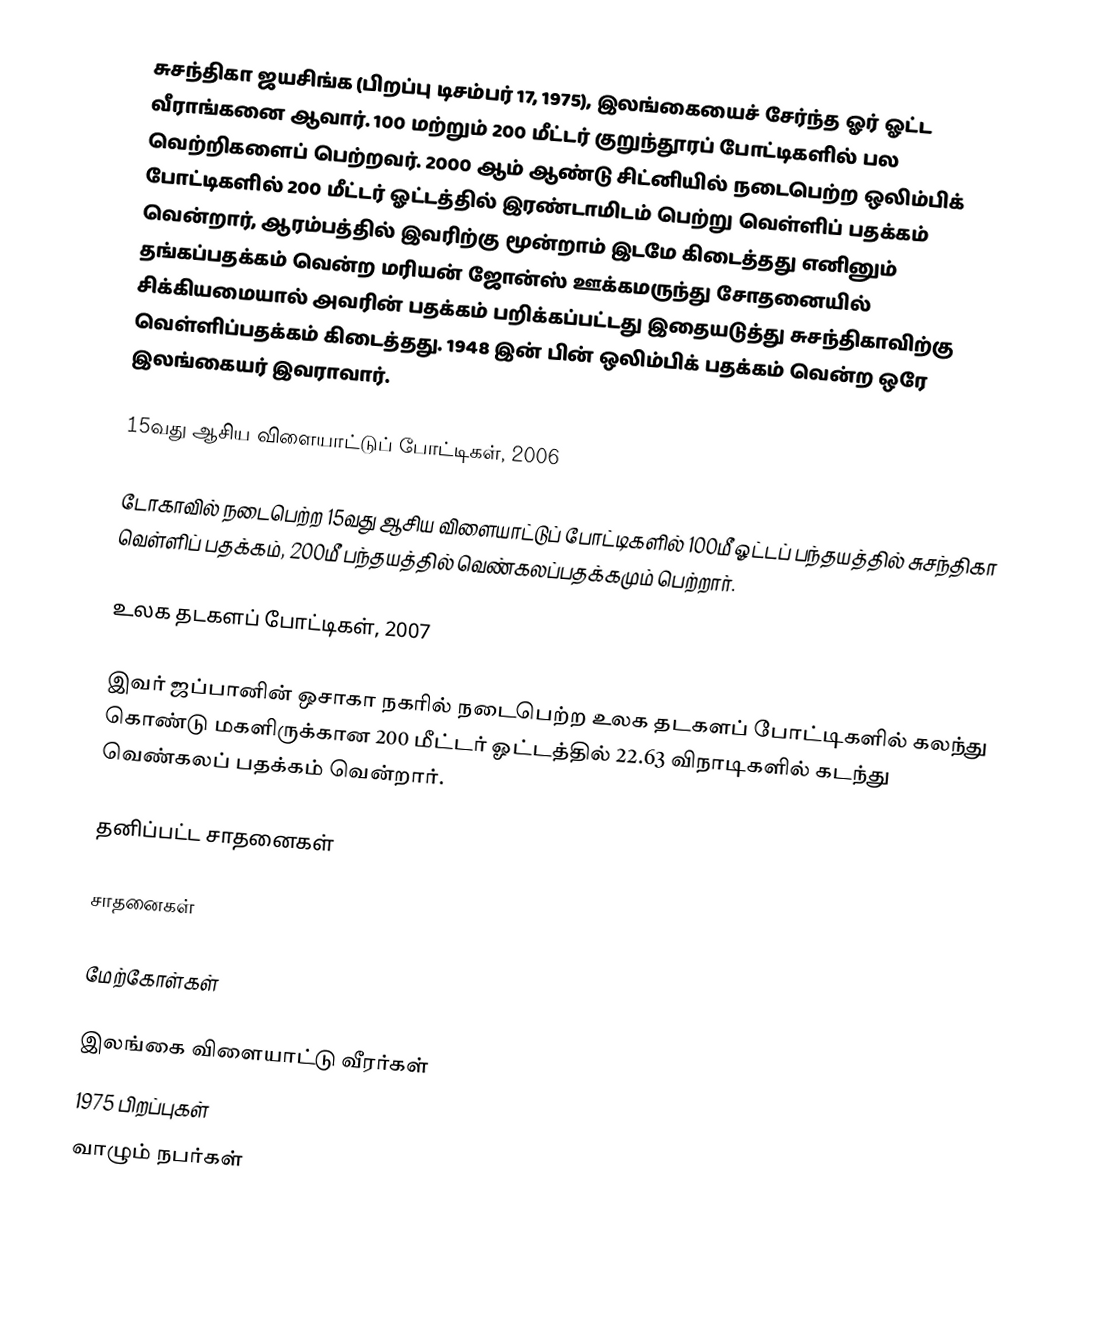
சுசந்திகா ஜயசிங்க (பிறப்பு டிசம்பர் 17, 1975), இலங்கையைச் சேர்ந்த ஓர் ஓட்ட வீராங்கனை ஆவார். 100 மற்றும் 200 மீட்டர் குறுந்தூரப் போட்டிகளில் பல வெற்றிகளைப் பெற்றவர். 2000 ஆம் ஆண்டு சிட்னியில் நடைபெற்ற ஒலிம்பிக் போட்டிகளில் 200 மீட்டர் ஓட்டத்தில் இரண்டாமிடம் பெற்று வெள்ளிப் பதக்கம் வென்றார், ஆரம்பத்தில் இவரிற்கு மூன்றாம் இடமே கிடைத்தது எனினும் தங்கப்பதக்கம் வென்ற மரியன் ஜோன்ஸ் ஊக்கமருந்து சோதனையில் சிக்கியமையால் அவரின் பதக்கம் பறிக்கப்பட்டது இதையடுத்து சுசந்திகாவிற்கு வெள்ளிப்பதக்கம் கிடைத்தது. 1948 இன் பின் ஒலிம்பிக் பதக்கம் வென்ற ஒரே இலங்கையர் இவராவார்.

15வது ஆசிய விளையாட்டுப் போட்டிகள், 2006

டோகாவில் நடைபெற்ற 15வது ஆசிய விளையாட்டுப் போட்டிகளில் 100மீ ஓட்டப் பந்தயத்தில் சுசந்திகா வெள்ளிப் பதக்கம், 200மீ பந்தயத்தில் வெண்கலப்பதக்கமும் பெற்றார்.

உலக தடகளப் போட்டிகள், 2007

இவர் ஜப்பானின் ஒசாகா நகரில் நடைபெற்ற உலக தடகளப் போட்டிகளில் கலந்து கொண்டு மகளிருக்கான 200 மீட்டர் ஓட்டத்தில் 22.63 விநாடிகளில் கடந்து வெண்கலப் பதக்கம் வென்றார்.

தனிப்பட்ட சாதனைகள்

சாதனைகள்

மேற்கோள்கள்

இலங்கை விளையாட்டு வீரர்கள்
1975 பிறப்புகள்
வாழும் நபர்கள்